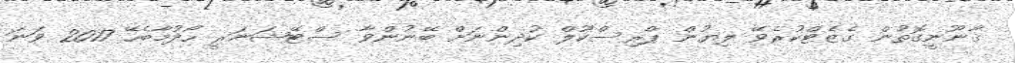
ޤާނޫނީގޮތުން ގެޒެޓްކުރެވޭ ލިޔުން ޕްރިސްކޫލް ކުދިންނަށް ބޭނުންވާ ސްޓޭޝަނަރީ ހޯދުމާބެހޭ 2017 ވަނަ